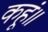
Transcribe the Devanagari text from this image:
कहूं॥